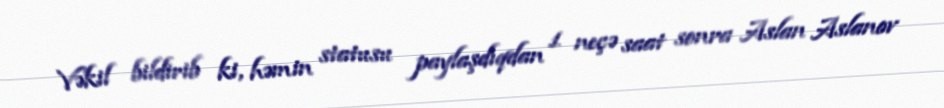
Vəkil bildirib ki, həmin statusu paylaşdıqdan 1 neçə saat sonra Aslan Aslanov